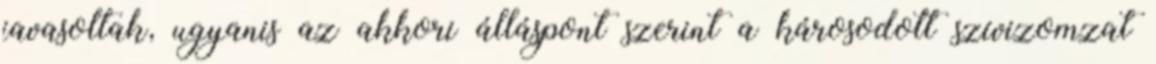
javasoltak, ugyanis az akkori álláspont szerint a károsodott szívizomzat